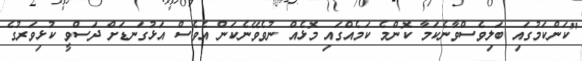
"ކަންކަމުގައި ބަލިވެސްވާނެކަމާ ކޮންމެ ކަމެއްގައި މޮޅެއް ނުވެވޭނެކަން އެވެސް އަޅުގަނޑަށް ދަސްވީ ކުޅިވަރުގެ